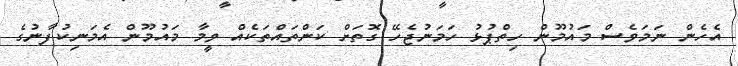
އެހެން ނަމަވެސް މައުމޫން ހިތްޕުޅު ހަމަނުޖެހޭ ގޮތަށް ކަންތައްތަކެއް ވީމާ މައުމޫން އެމަނިކުފާނުގެ